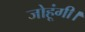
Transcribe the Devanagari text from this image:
जोहूंगी।